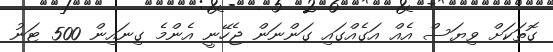
ގޮތަކަށް ވިޔަސް އެއް އަގެއްގައި ގަންނަން ޖެހޭނީ އެންމެ ގިނައިން 500 ޓަނު